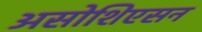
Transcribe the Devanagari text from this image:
असोशिएसन